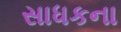
સાધકના